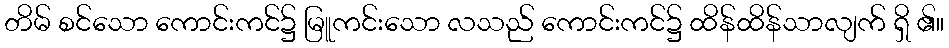
တိမ် စင်သော ကောင်းကင်၌ မြူကင်းသော လသည် ကောင်းကင်၌ ထိန်ထိန်သာလျက် ရှိ ၏။